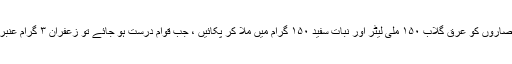
پھر اِن تمام آبیات/ عصاروں کو عرقِ گلاب ۱۵۰ ملی لیٹر اور نبات سفید ۱۵۰ گرام میں ملا کر پکائیں ، جب قوام درست ہو جائے تو زعفران ۳ گرام عنبر و مُشک ہر ایک ۲ ۔